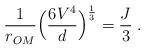
LaTeX: \begin{align*}\frac{1}{r_{OM}}\Big(\frac{6V^4}{d}\Big)^{\frac{1}{3}} = \frac{J}{3} \; .\end{align*}